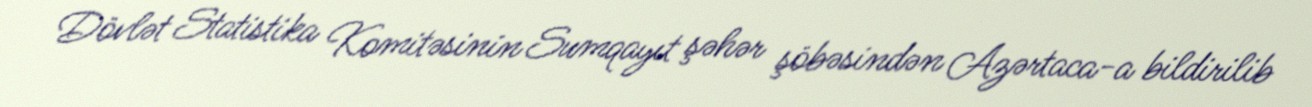
Dövlət Statistika Komitəsinin Sumqayıt şəhər şöbəsindən Azərtaca-a bildirilib